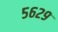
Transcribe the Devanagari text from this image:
५६२९